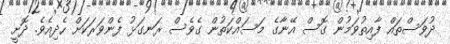
ދުވަސްތައް ފާއިތުވަމުން ގޮސް އޭނާގެ މަސައްކަތުން ގެވެސް ރަނގަޅު ފެންވަރަކަށް ހެދިއެވެ. ދޮށީ